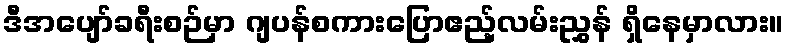
ဒီအပျော်ခရီးစဉ်မှာ ဂျပန်စကားပြောဧည့်လမ်းညွှန် ရှိနေမှာလား။